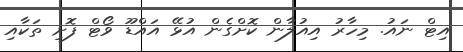
އިޓް ނައު. މިހާރު އިއުލާން ކޮށްގެން އުޅޭ އައްޑޫ ވޯޓް ފޮށި ތަކާއި